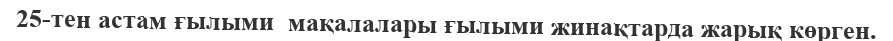
25-тен астам ғылыми  мақалалары ғылыми жинақтарда жарық көрген.